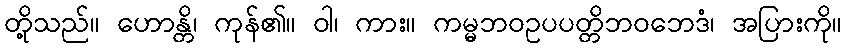
တို့သည်။ ဟောန္တိ၊ ကုန်၏။ ဝါ၊ ကား။ ကမ္မဘဝဥပပတ္တိဘဝဘေဒံ၊ အပြားကို။